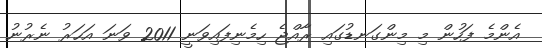
އެންމެ ފަހުން މި މިންގަނޑުގައި ރާއްޖެ ހިމެނިފައިވަނީ 2011 ވަނަ އަހަރު ނެރުނު